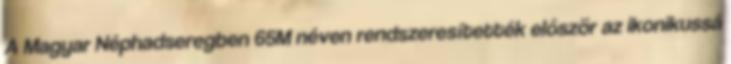
A Magyar Néphadseregben 65M néven rendszeresítették először az ikonikussá